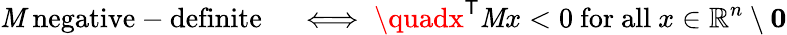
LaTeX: \mathit{M}{\mathrm{{~negative-definite}}}\quad\iff\quadx^{\textsf{{T}}}\mathit{M}x<0{\mathrm{{~for~all~}}}x\in\mathbb{{R}}^{n}\setminus\mathbf{{0}}